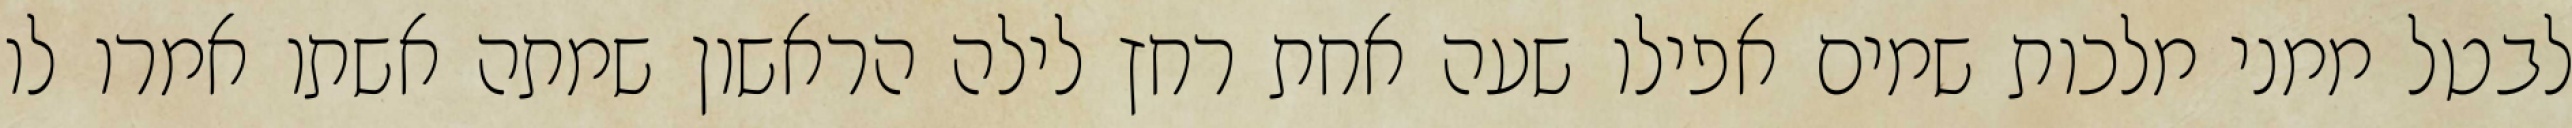
לבטל ממני מלכות שמים אפילו שעה אחת רחץ לילה הראשון שמתה אשתו אמרו לו